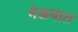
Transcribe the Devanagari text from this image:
मेळयात